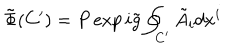
LaTeX: \tilde { \Phi } ( C ^ { \prime } ) = P \exp i \tilde { g } \oint _ { C ^ { \prime } } \tilde { A } _ { i } d x ^ { i }